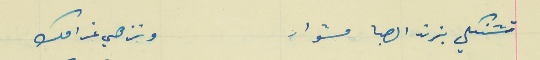
تشنكلي بزند الصبا مشوار                              ونزهي غرامك